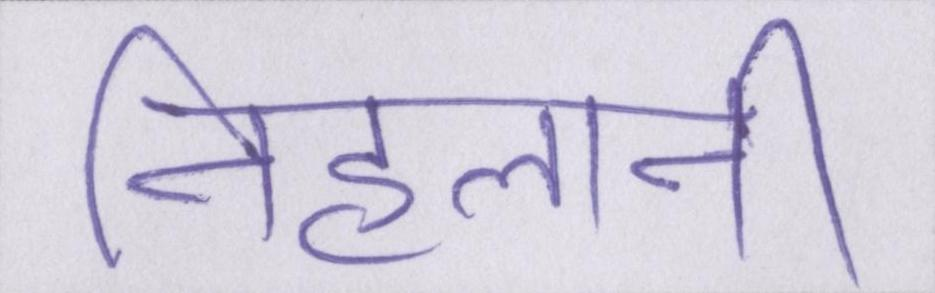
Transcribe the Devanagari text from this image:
निहलानी